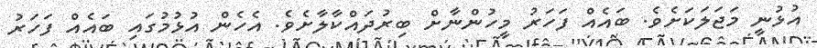
އުޅުނީ މަޖަލަކަށެވެ. ބައެއް ފަހަރު މީހުންނާށް ބިރުދައްކާލާށެވެ. އެހެން އުޅުމުގައި ބައެއް ފަހަރު